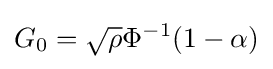
G_{0}={\sqrt {\rho }}\Phi ^{-1}(1-\alpha )